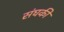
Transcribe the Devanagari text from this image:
संघकी